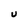
Character: U